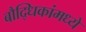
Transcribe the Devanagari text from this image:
बौद्धिकांमध्ये